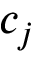
c _ { j }